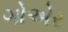
ગોએર